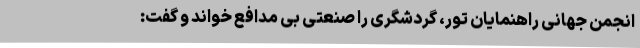
انجمن جهانی راهنمایان تور، گردشگری را صنعتی بی مدافع خواند و گفت: